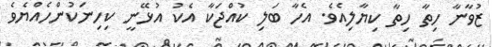
ޒުވާނާ ހިތާ ހިތާ ކިޔާލިއެވެ. އެހާ ބަލި ކުއްޖަކާ އެކު އުޅޭނީ ކިހިނަކުންހެއްޔެވެ